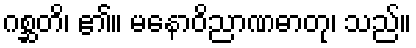
ဂစ္ဆတိ၊ ၏။ မနောဝိညာဏဓာတု၊ သည်။